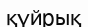
қүйрық